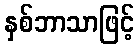
နှစ်ဘာသာဖြင့်